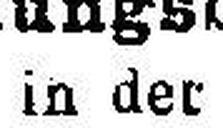
in der